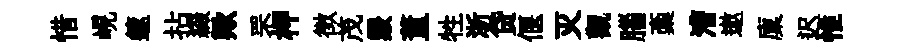
惜峴篴拈綴歟罘柙徴茂覈董牲浙贷偃灭觀腦稾漕遨廩迟惟